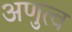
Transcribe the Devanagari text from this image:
अणुत्व